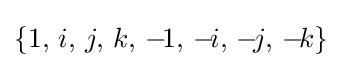
\{1,\,i,\,j,\,k,\,-\!1,\,-\!i,\,-\!j,\,-\!k\}